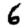
Digit: 6